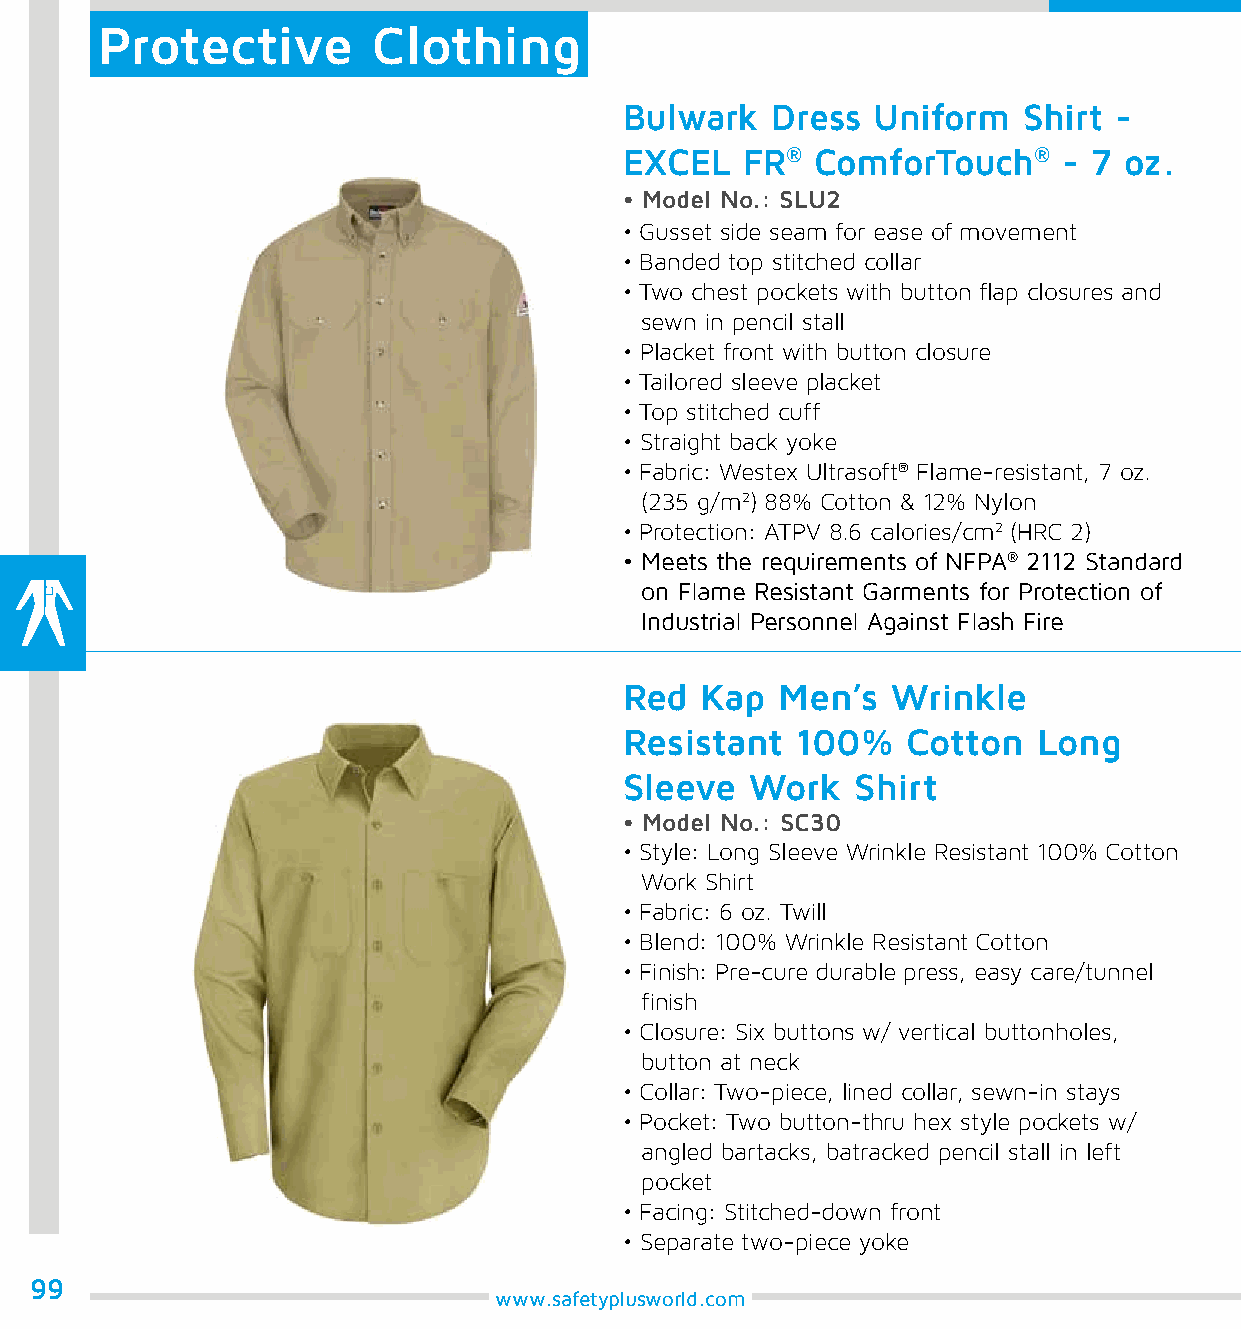
Protective         Clothing
 Bulwark   Dress  Uniform   Shirt -
 EXCEL   FR®  ComforTouch®    - 7 oz.
 • Model No.: SLU2
 • Gusset side seam for ease of movement
 • Banded top stitched collar
 • Two chest pockets with button flap closures and
 sewn in pencil stall
 • Placket front with button closure
 • Tailored sleeve placket
 • Top stitched cuff
 • Straight back yoke
 • Fabric: Westex Ultrasoft® Flame-resistant, 7 oz.
 (235 g/m2) 88% Cotton & 12% Nylon
 • Protection: ATPV 8.6 calories/cm2 (HRC 2)
 • Meets the requirements of NFPA® 2112 Standard
 on Flame Resistant Garments for Protection of
 Industrial Personnel Against Flash Fire
 Red  Kap   Men’s  Wrinkle
 Resistant   100%   Cotton   Long
 Sleeve   Work   Shirt
 • Model No.: SC30
 • Style: Long Sleeve Wrinkle Resistant 100% Cotton
 Work Shirt
 • Fabric: 6 oz. Twill
 • Blend: 100% Wrinkle Resistant Cotton
 • Finish: Pre-cure durable press, easy care/tunnel
 finish
 • Closure: Six buttons w/ vertical buttonholes,
 button at neck
 • Collar: Two-piece, lined collar, sewn-in stays
 • Pocket: Two button-thru hex style pockets w/
 angled bartacks, batracked pencil stall in left
 pocket
 • Facing: Stitched-down front
 • Separate two-piece yoke
 99
 www.safetyplusworld.com